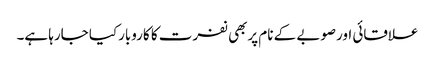
علاقائی اورصوبے کے نام پربھی نفرت کا کاروبارکیا جارہا ہے۔